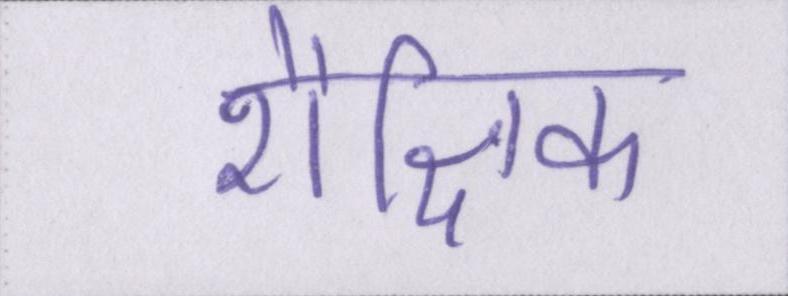
शैक्षिक